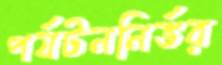
পর্যটননির্ভর